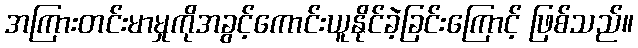
အကြားတင်းမာမှုကိုအခွင့်ကောင်းယူနိုင်ခဲ့ခြင်းကြောင့် ဖြစ်သည်။